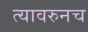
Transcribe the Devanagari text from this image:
त्यावरुनच